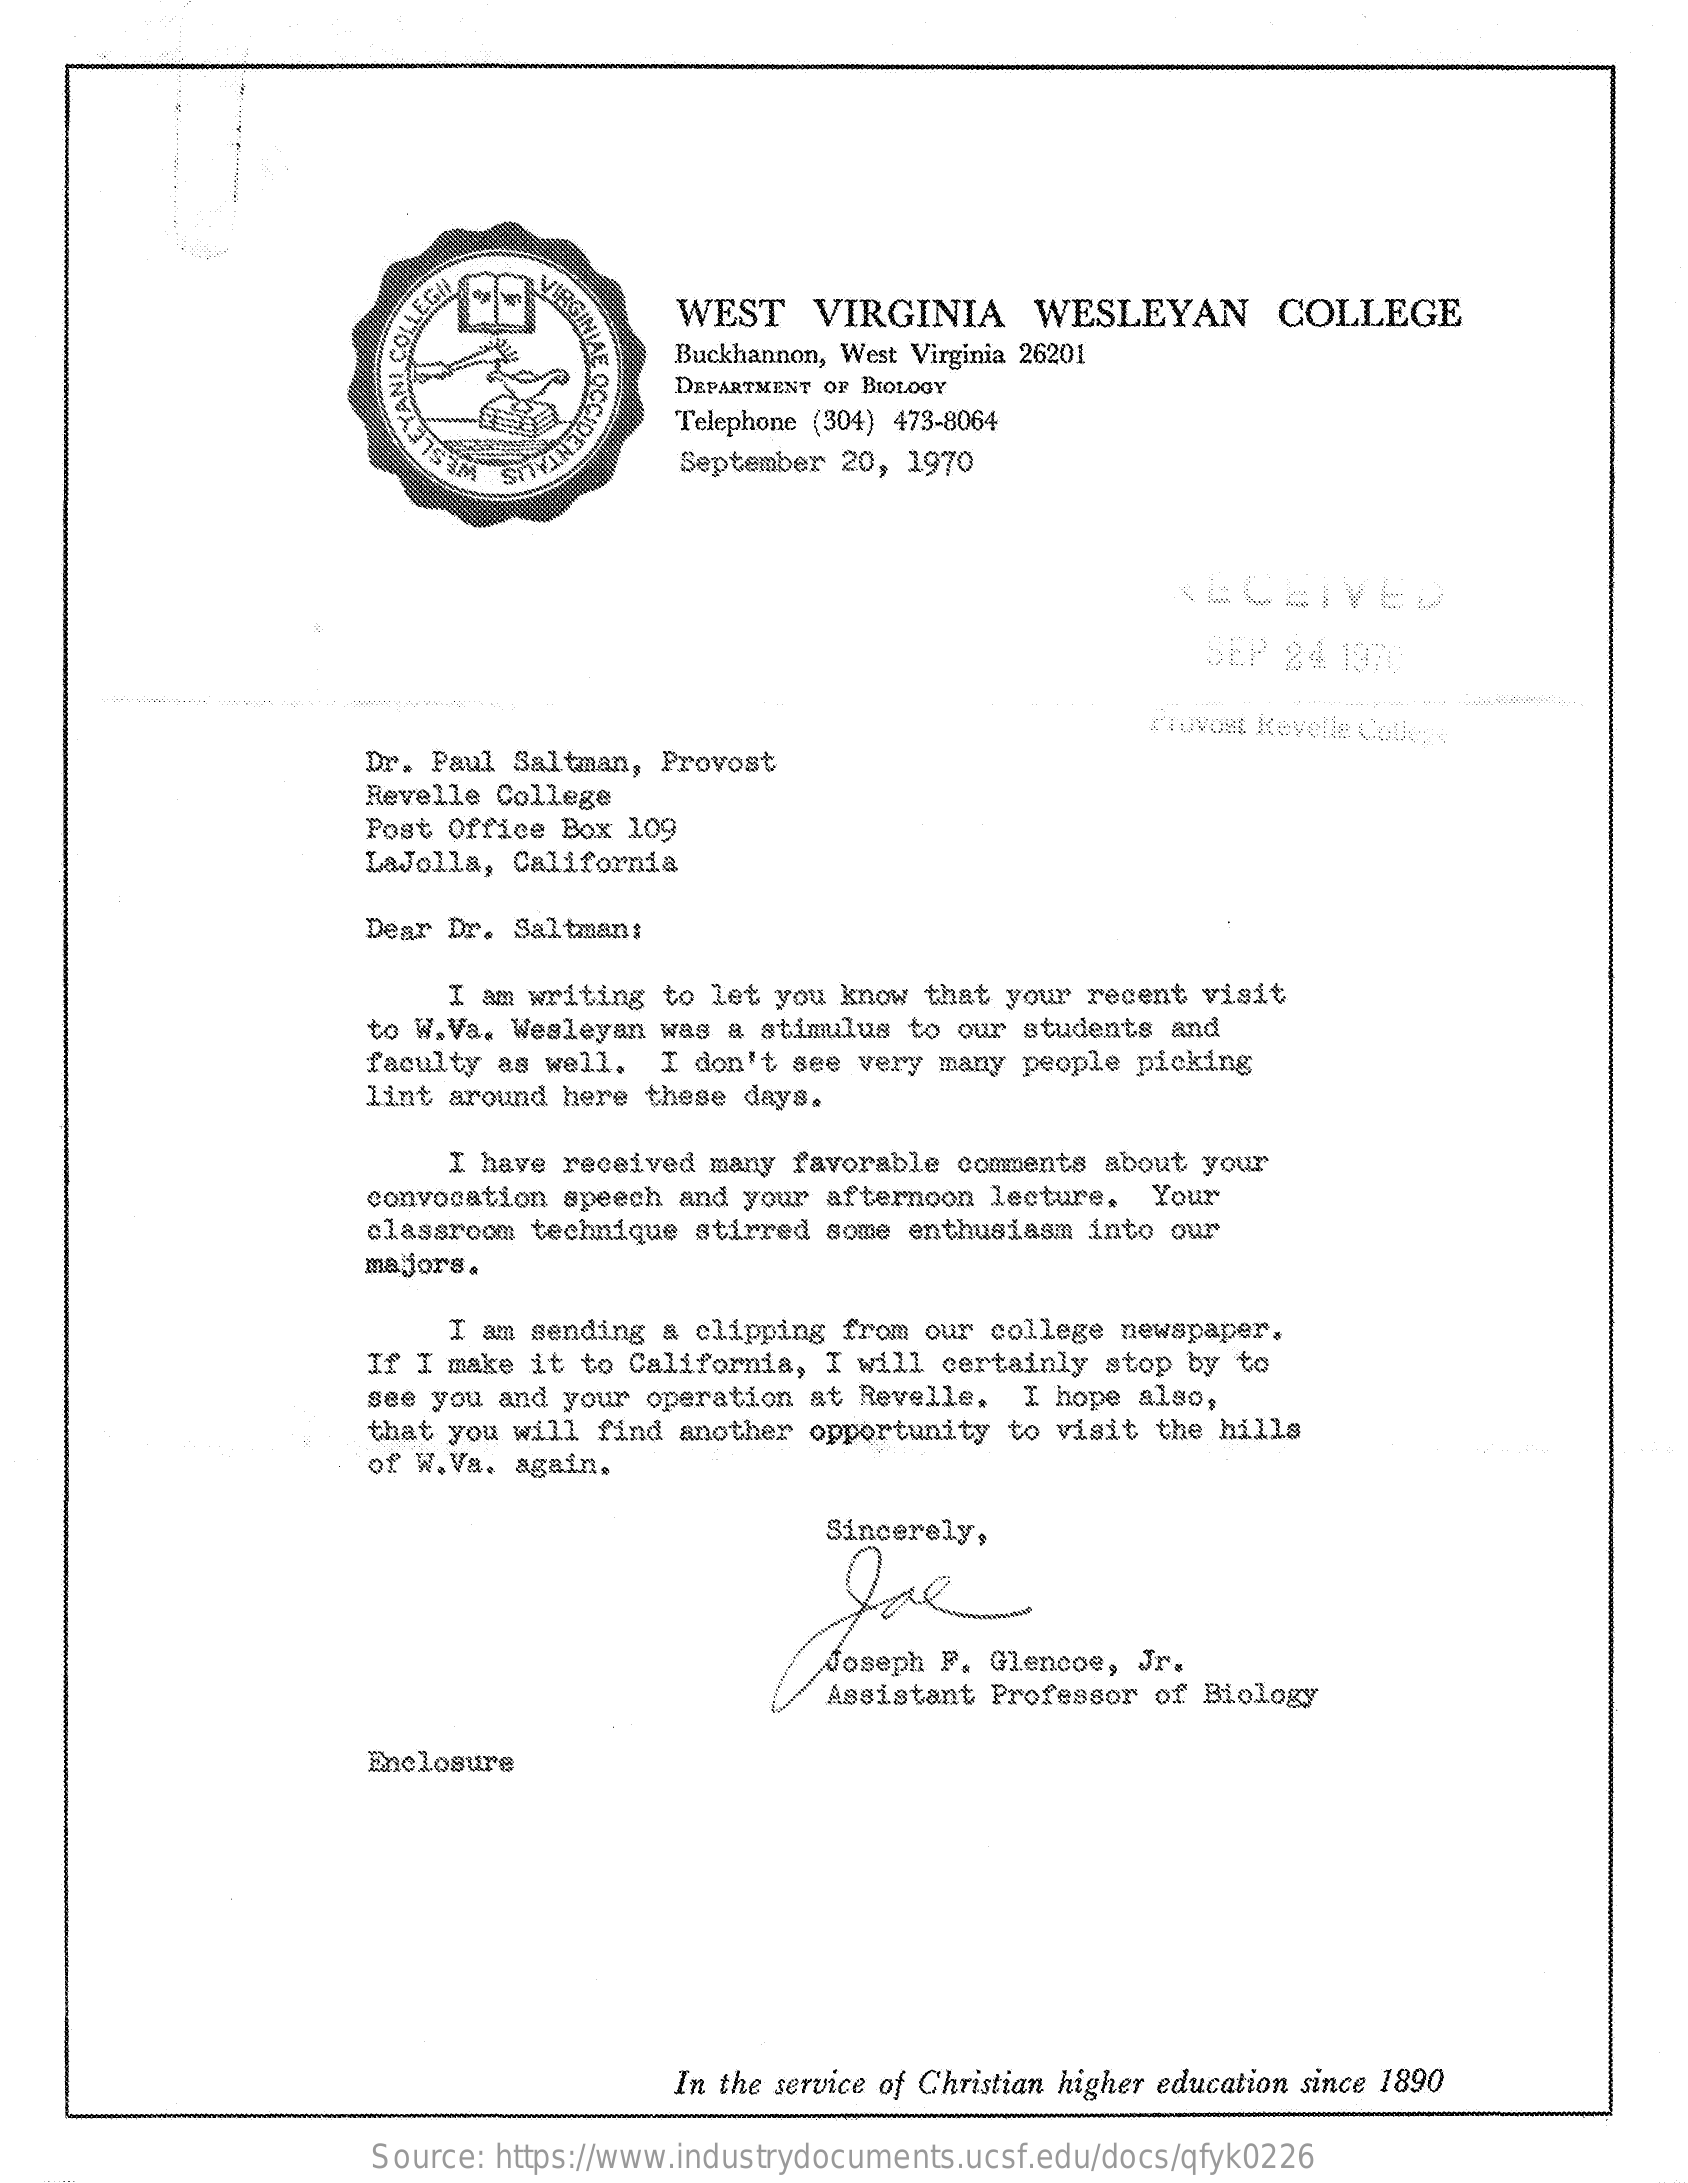
WEST    VIRGINIA    WESLEYAN    COLLEGE
     AE
     OCCIDENTAL
     Buckhannon, West Virginia 26201
     COLLEGA
     DEPARTMENT OF BIOLOGY
     Telephone (304) 473-8064
     September 20, 1970
     <ACEIVED
     SEP 24  1970
     Provost Revelle Colleze
     Dr. Paul Saltman, Provost
     Revelle College
     Post Office Box 109
     LaJolla, California
     Dear Dr. Saltman:
     I am writing to let you know that your recent visit
     to W.Va. Wesleyan was  a stimulus to our students  and
     faculty as well.  I  don't see very many people picking
     lint around here  these days.
     I have received many favorable comments about your
     convocation speech  and your afternoon lecture.  Your
     classroom technique  stirred some enthusiasm into our
     majors.
     I am sending a  clipping from our college newspaper.
     If I make it to California,  I will certainly stop by  to
     see you and your  operation at Revelle.  I hope also,
     that you will find  another opportunity to visit  the hills
     of W.Va. again.
     Sincerely,
     Joseph F. Glencoe, Jr.
     Assistant Professor of Biology
     Enclosure
     In the service of Christian higher education since 1890
     Source: https://www.industrydocuments.ucsf.edu/docs/qfyk0226